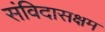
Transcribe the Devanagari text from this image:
संविदासक्षम